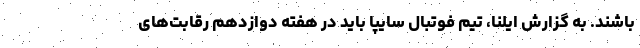
باشند. به گزارش ایلنا، تیم فوتبال سایپا باید در هفته دوازدهم رقابت‌های